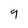
Character: 9